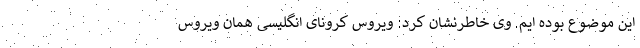
این موضوع بوده ایم. وی خاطرنشان کرد: ویروس کرونای انگلیسی همان ویروس